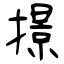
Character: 撔